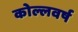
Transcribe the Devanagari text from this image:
कोल्लवर्ष